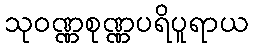
သုဝဏ္ဏစုဏ္ဏပရိပူရာယ